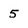
Character: 5